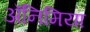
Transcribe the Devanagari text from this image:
अॅनिमिया